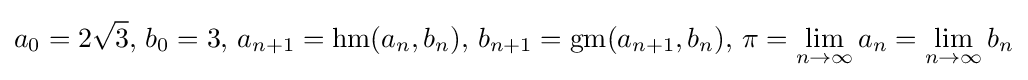
a_{0}=2{\sqrt {3}},\,b_{0}=3,\,a_{n+1}=\operatorname {hm} (a_{n},b_{n}),\,b_{n+1}=\operatorname {gm} (a_{n+1},b_{n}),\,\pi =\lim _{n\to \infty }a_{n}=\lim _{n\to \infty }b_{n}